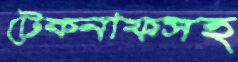
টেকনাফসহ